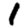
Digit: 1